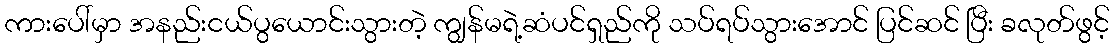
ကားပေါ်မှာ အနည်းငယ်ပွယောင်းသွားတဲ့ ကျွန်မရဲ့ဆံပင်ရှည်ကို သပ်ရပ်သွားအောင် ပြင်ဆင် ပြီး ခလုတ်ဖွင့်